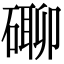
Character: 𥕡